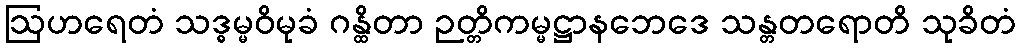
ဩဟရေတံ သဒ္ဓမ္မဝိမုခံ ဂန္ထိတာ ဉတ္တိကမ္မဋ္ဌာနဘေဒေ သန္တတရောတိ သုခိတံ